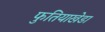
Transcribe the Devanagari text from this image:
फुतियाखेडा